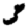
Digit: 3